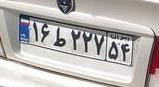
۱۶ط۲۲۷۵۴